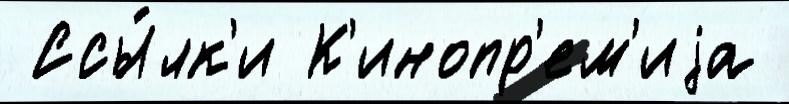
 Ссы́лк'и К'инопр'ем'иjа